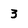
Character: 3